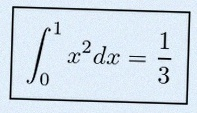
\int_0^1 x^2dx=\frac13